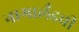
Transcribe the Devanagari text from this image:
नागालँडची